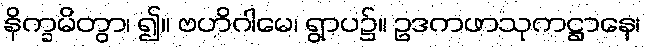
နိက္ခမိတွာ၊ ၍။ ဗဟိဂါမေ၊ ရွာပ၌။ ဥဒကဖာသုကဋ္ဌာနေ၊